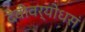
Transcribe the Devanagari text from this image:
देवीवर्योधसं